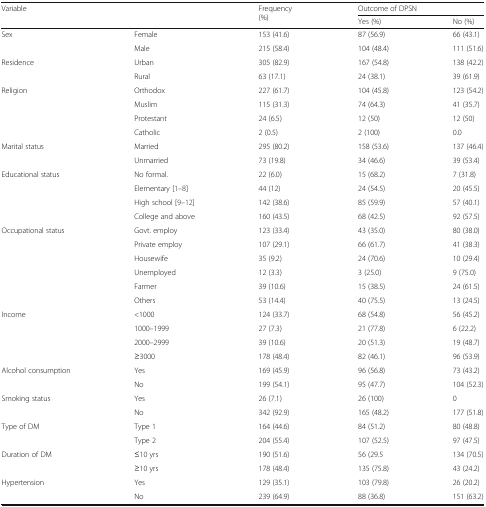
<table><thead><tr><td rowspan="2" colspan="2"><b>Variable</b></td><td rowspan="2"><b>Frequency (%)</b></td><td colspan="2"><b>Outcome of DPSN</b></td></tr><tr><td><b>Yes (%)</b></td><td><b>No (%)</b></td></tr></thead><tbody><tr><td rowspan="2">Sex</td><td>Female</td><td>153 (41.6)</td><td>87 (56.9)</td><td>66 (43.1)</td></tr><tr><td>Male</td><td>215 (58.4)</td><td>104 (48.4)</td><td>111 (51.6)</td></tr><tr><td rowspan="2">Residence</td><td>Urban</td><td>305 (82.9)</td><td>167 (54.8)</td><td>138 (42.2)</td></tr><tr><td>Rural</td><td>63 (17.1)</td><td>24 (38.1)</td><td>39 (61.9)</td></tr><tr><td rowspan="4">Religion</td><td>Orthodox</td><td>227 (61.7)</td><td>104 (45.8)</td><td>123 (54.2)</td></tr><tr><td>Muslim</td><td>115 (31.3)</td><td>74 (64.3)</td><td>41 (35.7)</td></tr><tr><td>Protestant</td><td>24 (6.5)</td><td>12 (50)</td><td>12 (50)</td></tr><tr><td>Catholic</td><td>2 (0.5)</td><td>2 (100)</td><td>0.0</td></tr><tr><td rowspan="2">Marital status</td><td>Married</td><td>295 (80.2)</td><td>158 (53.6)</td><td>137 (46.4)</td></tr><tr><td>Unmarried</td><td>73 (19.8)</td><td>34 (46.6)</td><td>39 (53.4)</td></tr><tr><td rowspan="4">Educational status</td><td>No formal.</td><td>22 (6.0)</td><td>15 (68.2)</td><td>7 (31.8)</td></tr><tr><td>Elementary [1–8]</td><td>44 (12)</td><td>24 (54.5)</td><td>20 (45.5)</td></tr><tr><td>High school [9–12]</td><td>142 (38.6)</td><td>85 (59.9)</td><td>57 (40.1)</td></tr><tr><td>College and above</td><td>160 (43.5)</td><td>68 (42.5)</td><td>92 (57.5)</td></tr><tr><td rowspan="6">Occupational status</td><td>Govt. employ</td><td>123 (33.4)</td><td>43 (35.0)</td><td>80 (38.0)</td></tr><tr><td>Private employ</td><td>107 (29.1)</td><td>66 (61.7)</td><td>41 (38.3)</td></tr><tr><td>Housewife</td><td>35 (9.2)</td><td>24 (70.6)</td><td>10 (29.4)</td></tr><tr><td>Unemployed</td><td>12 (3.3)</td><td>3 (25.0)</td><td>9 (75.0)</td></tr><tr><td>Farmer</td><td>39 (10.6)</td><td>15 (38.5)</td><td>24 (61.5)</td></tr><tr><td>Others</td><td>53 (14.4)</td><td>40 (75.5)</td><td>13 (24.5)</td></tr><tr><td rowspan="4">Income</td><td>&lt;1000</td><td>124 (33.7)</td><td>68 (54.8)</td><td>56 (45.2)</td></tr><tr><td>1000–1999</td><td>27 (7.3)</td><td>21 (77.8)</td><td>6 (22.2)</td></tr><tr><td>2000–2999</td><td>39 (10.6)</td><td>20 (51.3)</td><td>19 (48.7)</td></tr><tr><td>≥3000</td><td>178 (48.4)</td><td>82 (46.1)</td><td>96 (53.9)</td></tr><tr><td rowspan="2">Alcohol consumption</td><td>Yes</td><td>169 (45.9)</td><td>96 (56.8)</td><td>73 (43.2)</td></tr><tr><td>No</td><td>199 (54.1)</td><td>95 (47.7)</td><td>104 (52.3)</td></tr><tr><td rowspan="2">Smoking status</td><td>Yes</td><td>26 (7.1)</td><td>26 (100)</td><td>0</td></tr><tr><td>No</td><td>342 (92.9)</td><td>165 (48.2)</td><td>177 (51.8)</td></tr><tr><td rowspan="2">Type of DM</td><td>Type 1</td><td>164 (44.6)</td><td>84 (51.2)</td><td>80 (48.8)</td></tr><tr><td>Type 2</td><td>204 (55.4)</td><td>107 (52.5)</td><td>97 (47.5)</td></tr><tr><td rowspan="2">Duration of DM</td><td>≤10 yrs</td><td>190 (51.6)</td><td>56 (29.5</td><td>134 (70.5)</td></tr><tr><td>≥10 yrs</td><td>178 (48.4)</td><td>135 (75.8)</td><td>43 (24.2)</td></tr><tr><td rowspan="2">Hypertension</td><td>Yes</td><td>129 (35.1)</td><td>103 (79.8)</td><td>26 (20.2)</td></tr><tr><td>No</td><td>239 (64.9)</td><td>88 (36.8)</td><td>151 (63.2)</td></tr></tbody></table>